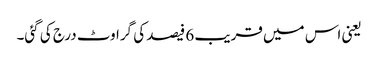
یعنی اس میں قریب 6 فیصد کی گراوٹ درج کی گئی۔